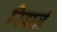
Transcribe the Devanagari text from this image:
रिवार्ज़